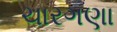
ચારગણા